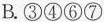
B. ③④⑥⑦